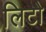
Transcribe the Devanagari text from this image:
लिटो